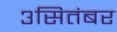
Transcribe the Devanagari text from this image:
३सितंबर